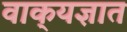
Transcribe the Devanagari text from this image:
वाक्‌यज्ञात